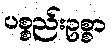
ပစ္စည်းဥစ္စာ